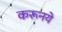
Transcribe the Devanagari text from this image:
करूनये